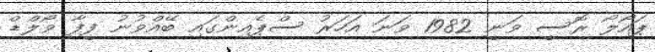
ޕައޯލޯ ރޮސީ ވަނީ 1982 ވަނަ އަހަރު ސްޕެއިންގައި ބޭއްވުނު ފީފާ ވޯލްޑް